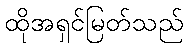
ထိုအရှင်မြတ်သည်